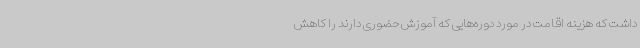
داشت که هزینه اقامت در مورد دوره‌هایی که آموزش حضوری دارند را کاهش